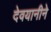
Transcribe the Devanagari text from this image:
देवयानीने